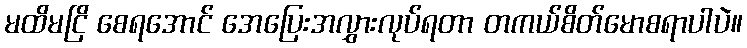
မထိမငြိ စေရအောင် အေပြေးအလွှားလုပ်ရတာ တကယ်စိတ်မောစရာပါပဲ။